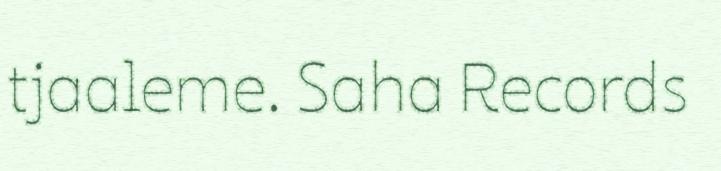
tjaaleme. Saha Records